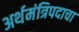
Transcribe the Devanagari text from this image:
अर्थमंत्रिपदाचा